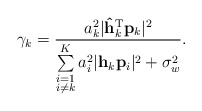
\begin{align*} \gamma_k=\frac{a_k^2\lvert\mathbf{\hat{h}}_k^{\textrm{T}}\mathbf{p}_k\rvert^2}{\sum\limits_{\substack{i=1\\i\neq k}}^K a_i^2\lvert\mathbf{h}_k\mathbf{p}_i\rvert^2+\sigma_w^2}.\end{align*}